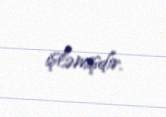
işləmişdir.